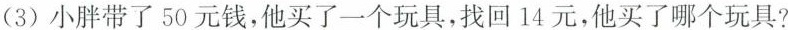
(3)小胖带了50元钱，他买了一个玩具，找回14元，他买了哪个玩具?